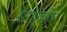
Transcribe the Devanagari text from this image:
सरगुजहीन